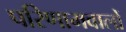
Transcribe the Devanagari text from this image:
परिणामवालों